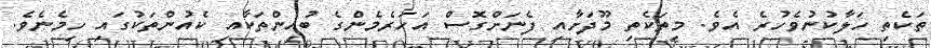
ތަކެތި ހަލާކުނުވެހުރެ އެވެ. މިތަކެތި މޫދަށާއި ފެނަށްގޮސް އަހަރެމެންގެ ބުއިންތަކާއި ކެއުންތަކުގައި ހިމެނެވެ.